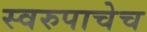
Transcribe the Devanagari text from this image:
स्वरुपाचेच